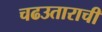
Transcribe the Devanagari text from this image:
चढउताराची